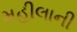
મહીલાની